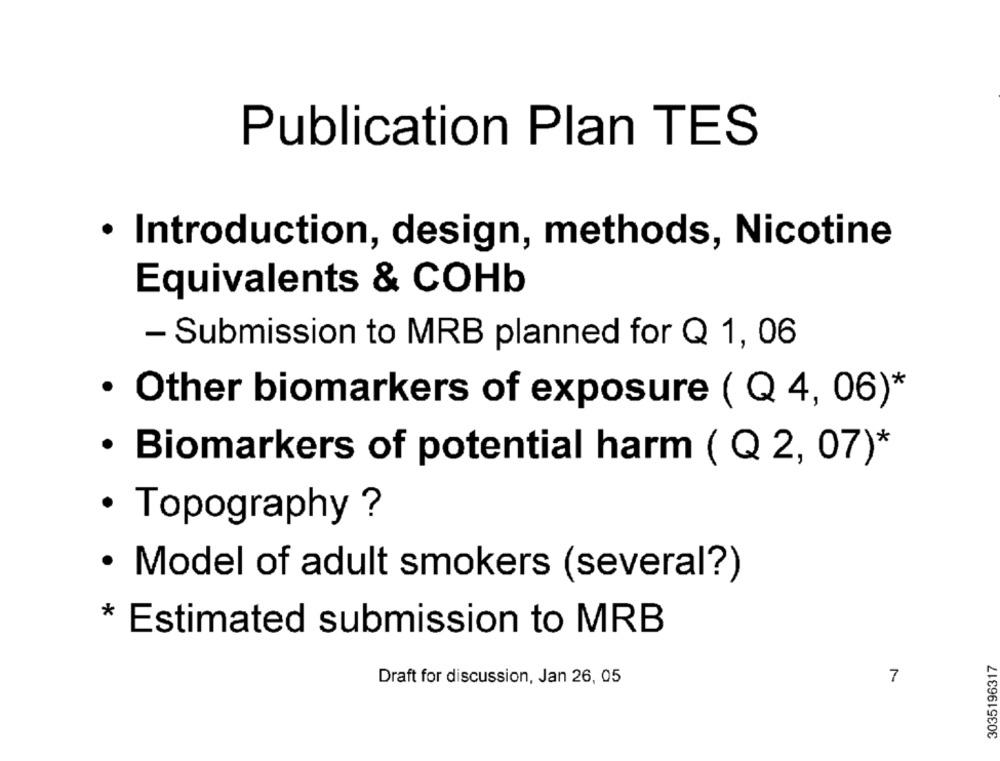
Publication Plan TES
· Introduction, design, methods, Nicotine
Equivalents & COHb
- Submission to MRB planned for Q 1, 06
· Other biomarkers of exposure ( Q 4, 06)*
· Biomarkers of potential harm ( Q 2, 07)*
· Topography ?
· Model of adult smokers (several?)
* Estimated submission to MRB
3035196317
Draft for discussion, Jan 26, 05
7